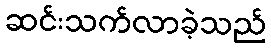
ဆင်းသက်လာခဲ့သည်